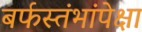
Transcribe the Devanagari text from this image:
बर्फस्तंभांपेक्षा